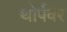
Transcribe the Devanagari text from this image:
थोर्पवर